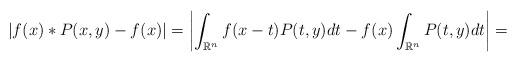
LaTeX: \begin{align*}\left|f(x)*P(x,y)-f(x) \right|=\left| \int_{\mathbb{R}^n}f(x-t)P(t,y)dt-f(x) \int_{\mathbb{R}^n}P(t,y)dt \right|=\end{align*}